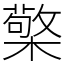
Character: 檠